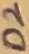
Text: D2